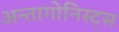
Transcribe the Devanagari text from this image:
अन्तागोनिस्ट्स